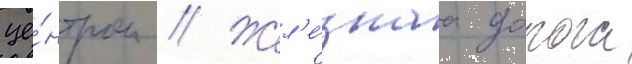
це́нтром // Жел'е́знаа дорога